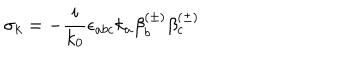
\sigma _ { k } = - \frac i { k _ { 0 } } \epsilon _ { a b c } k _ { a } \beta _ { b } ^ { ( \pm ) } \beta _ { c } ^ { ( \pm ) }